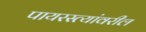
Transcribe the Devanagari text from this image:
पायरस्त्यांवरील